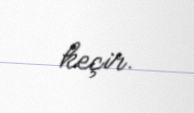
keçir.